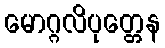
မောဂ္ဂလိပုတ္တေန